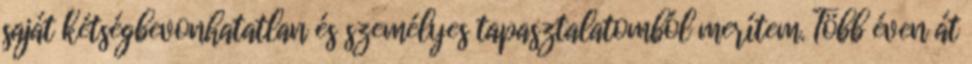
saját kétségbevonhatatlan és személyes tapasztalatomból merítem. Több éven át